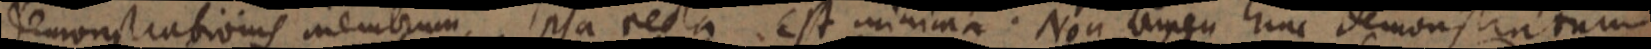
demonstrationis membrum ipsa recta. Est minima. Non tamen hinc demonstratum